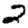
Digit: 2